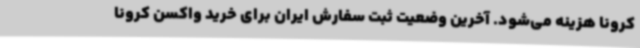
کرونا هزینه می‌شود. آخرین وضعیت ثبت سفارش ایران برای خرید واکسن کرونا